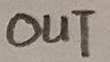
Text: OUT